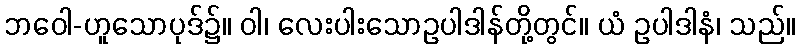
ဘဝေါ-ဟူသောပုဒ်၌။ ဝါ၊ လေးပါးသောဥပါဒါန်တို့တွင်။ ယံ ဥပါဒါနံ၊ သည်။